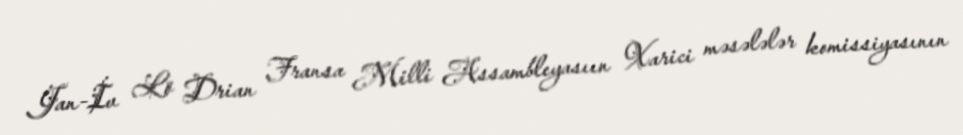
Jan-İv Lö Drian Fransa Milli Assambleyasıın Xarici məsələlər komissiyasının